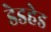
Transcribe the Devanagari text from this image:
डेडहेड